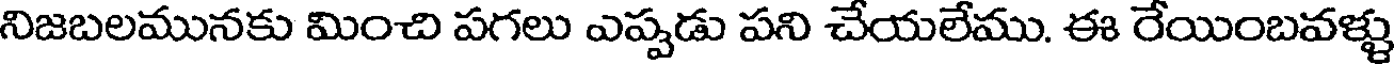
నిజబలమునకు మించి పగలు ఎప్పడు పని చేయలేము. ఈ రేయింబవళ్ళు